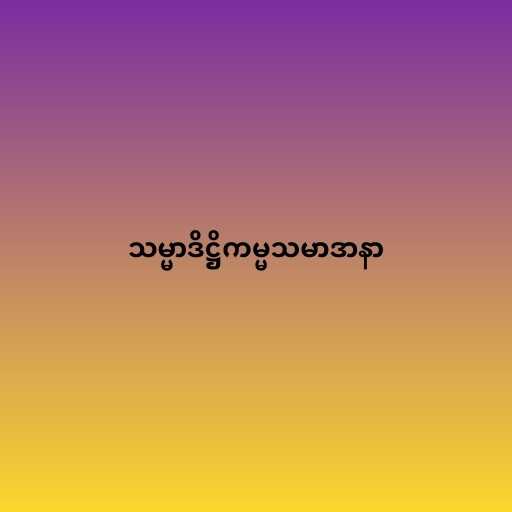
သမ္မာဒိဋ္ဌိကမ္မသမာဒာနာ